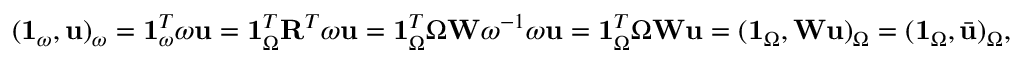
( \mathbf { 1 } _ { \omega } , \mathbf { u } ) _ { \omega } = \mathbf { 1 } _ { \omega } ^ { T } \boldsymbol { \omega } \mathbf { u } = \mathbf { 1 } _ { \Omega } ^ { T } \mathbf { R } ^ { T } \boldsymbol { \omega } \mathbf { u } = \mathbf { 1 } _ { \Omega } ^ { T } \boldsymbol { \Omega } \mathbf { W } \boldsymbol { \omega } ^ { - 1 } \boldsymbol { \omega } \mathbf { u } = \mathbf { 1 } _ { \Omega } ^ { T } \boldsymbol { \Omega } \mathbf { W } \mathbf { u } = ( \mathbf { 1 } _ { \Omega } , \mathbf { W } \mathbf { u } ) _ { \Omega } = ( \mathbf { 1 } _ { \Omega } , \bar { \mathbf { u } } ) _ { \Omega } ,